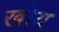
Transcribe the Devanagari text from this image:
खोय